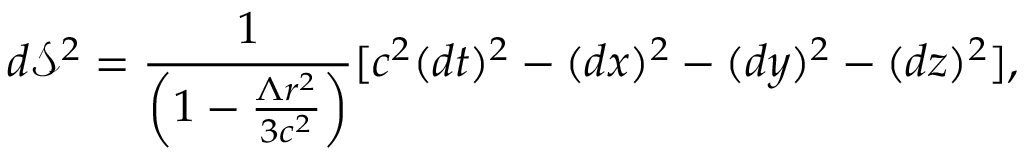
d \mathcal S ^ { 2 } = \frac { 1 } { \left( 1 - \frac { { \Lambda } r ^ { 2 } } { 3 c ^ { 2 } } \right) } [ c ^ { 2 } ( d t ) ^ { 2 } - ( d x ) ^ { 2 } - ( d y ) ^ { 2 } - ( d z ) ^ { 2 } ] ,